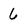
Character: 6